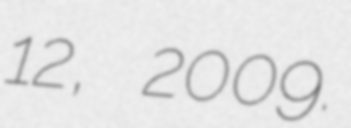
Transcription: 12, 2009.